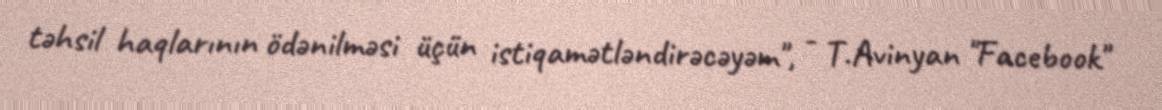
təhsil haqlarının ödənilməsi üçün istiqamətləndirəcəyəm", - T.Avinyan "Facebook"